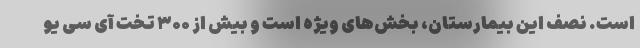
است. نصف این بیمارستان، بخش‌های ویژه است و بیش از ۳۰۰ تخت آی سی یو